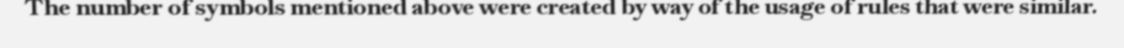
The number of symbols mentioned above were created by way of the usage of rules that were similar.